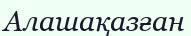
Алашақазған